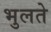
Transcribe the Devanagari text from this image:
भुलते